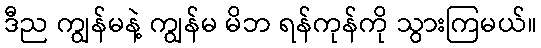
ဒီည ကျွန်မနဲ့ ကျွန်မ မိဘ ရန်ကုန်ကို သွားကြမယ်။